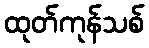
ထုတ်ကုန်သစ်